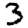
Digit: 3